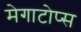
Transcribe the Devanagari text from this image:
मेगाटोप्स